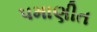
પમાણીત